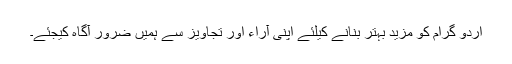
اُردو گرام کو مزید بہتر بنانے کیلئے اپنی آراء اور تجاویز سے ہمیں ضرور آگاہ کیجئے۔